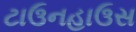
ટાઉનહાઉસ